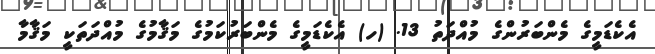
އެކެޑަމީގެ މެންބަރުންގެ މުއްދަތު 13. (ހ) އެކެޑަމީގެ މެންބަރުކަމުގެ މަޤާމުގެ މުއްދަތަކީ މަޤާމާ